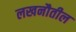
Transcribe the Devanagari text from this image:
लखनौतील